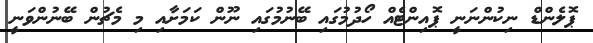
ޕޮލެންޑް ނިކުންނަނީ ޕޮއިންޓެއް ހޯދުމުގައި ބޭނުމުގައި ނޫން ކަމަށާއި މި މެޗުން ބޭނުންވަނީ